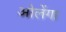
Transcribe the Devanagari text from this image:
ओलेंगा